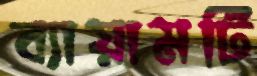
ব্যায়ামটি